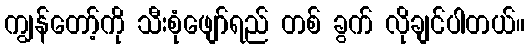
ကျွန်တော့်ကို သီးစုံဖျော်ရည် တစ် ခွက် လိုချင်ပါတယ်။